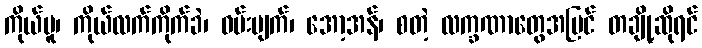
ကိုယ်ပူ၊ ကိုယ်လက်ကိုက်ခဲ၊ ဝမ်းပျက်၊ အော့အန်၊ စတဲ့ လက္ခဏာတွေအပြင် တချို့ဆိုရင်